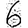
Digit: 6